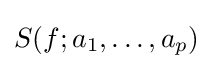
S(f;a_{1},\ldots ,a_{p})